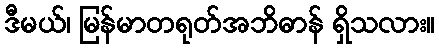
ဒီမယ်၊ မြန်မာတရုတ်အဘိဓာန် ရှိသလား။